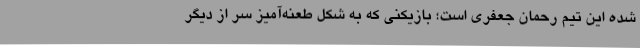
شده این تیم رحمان جعفری است؛ بازیکنی که به شکل طعنه‌آمیز سر از دیگر